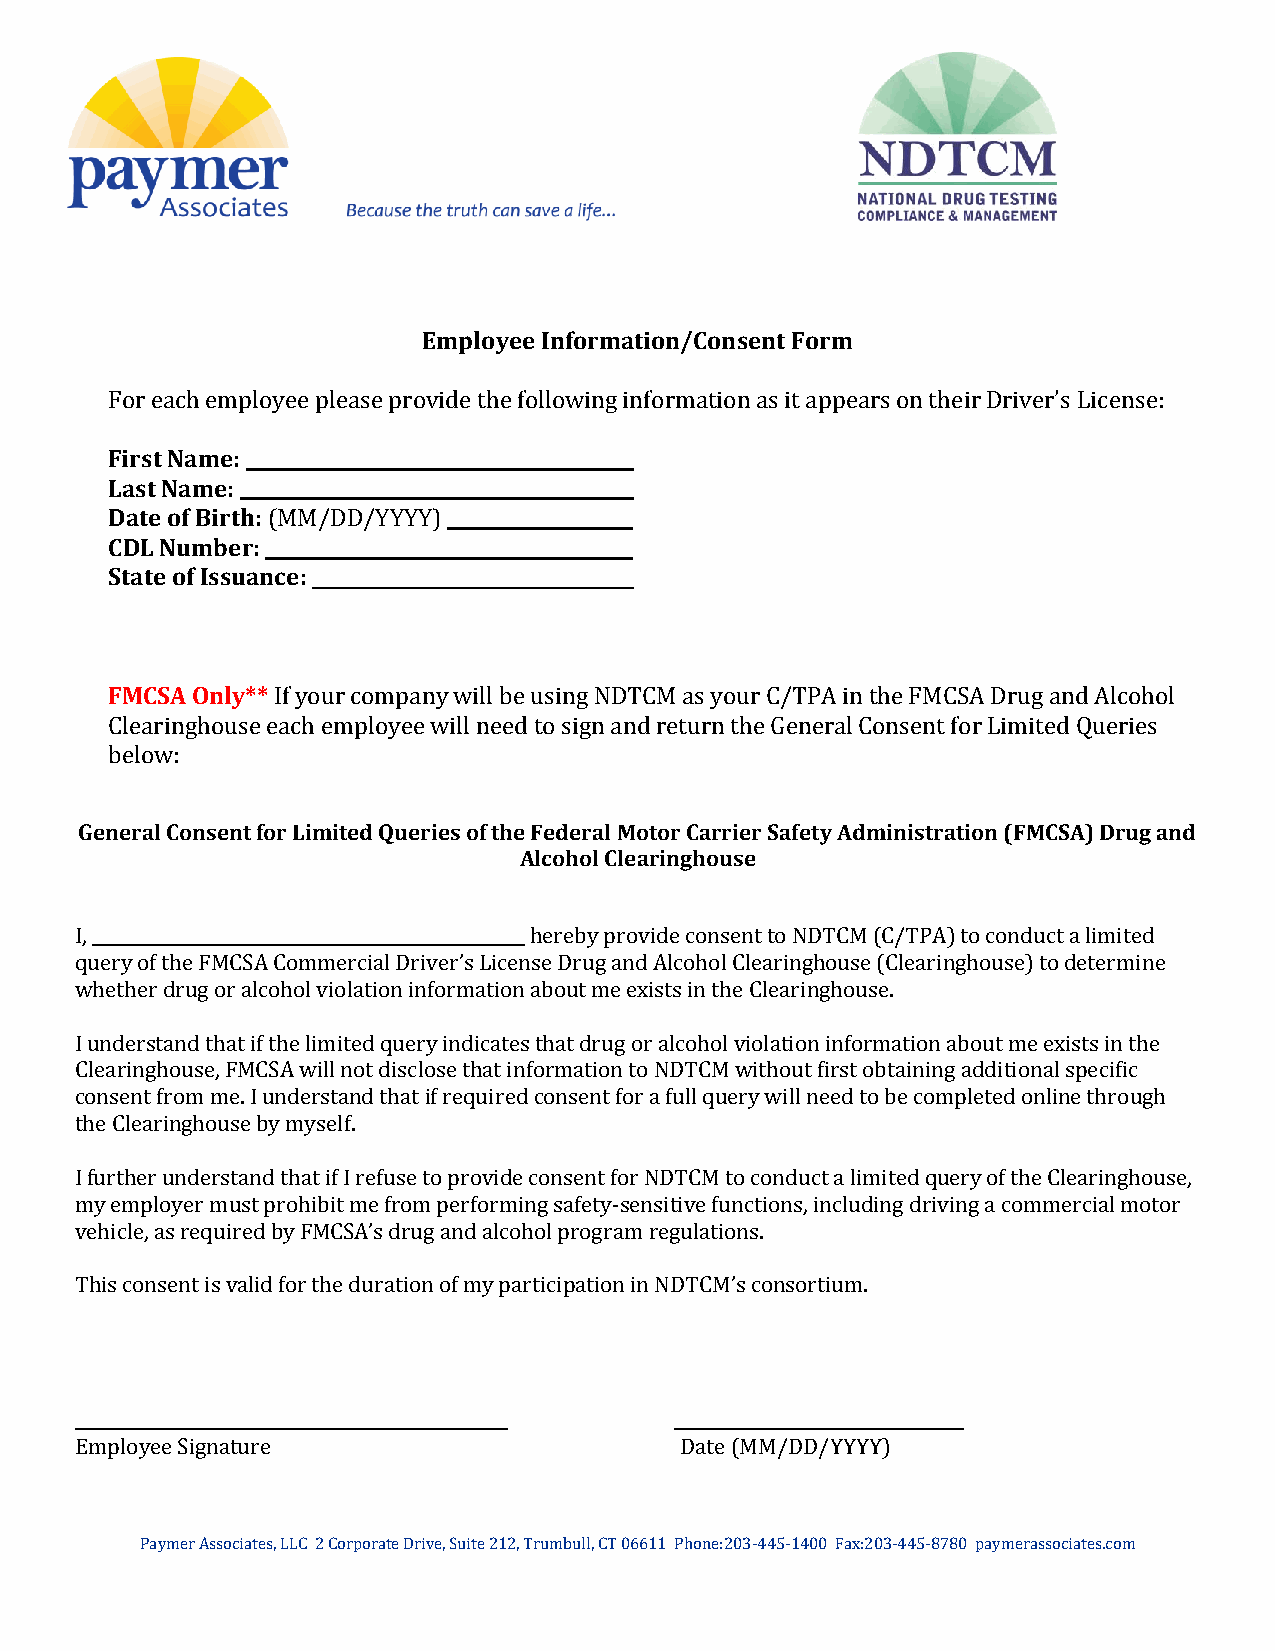
Employee Information/Consent Form
 For each employee please provide the following information as it appears on their Driver’s License:
 First Name:
 Last Name:
 Date of Birth: (MM/DD/YYYY)
 CDL Number:
 State of Issuance:
 FMCSA Only** If your company will be using NDTCM as your C/TPA in the FMCSA Drug and Alcohol
 Clearinghouse each employee will need to sign and return the General Consent for Limited Queries
 below:
 General Consent for Limited Queries of the Federal Motor Carrier Safety Administration (FMCSA) Drug and
 Alcohol Clearinghouse
 I,                            hereby provide consent to NDTCM (C/TPA) to conduct a limited
 query of the FMCSA Commercial Driver’s License Drug and Alcohol Clearinghouse (Clearinghouse) to determine
 whether drug or alcohol violation information about me exists in the Clearinghouse.
 I understand that if the limited query indicates that drug or alcohol violation information about me exists in the
 Clearinghouse, FMCSA will not disclose that information to NDTCM without first obtaining additional specific
 consent from me. I understand that if required consent for a full query will need to be completed online through
 the Clearinghouse by myself.
 I further understand that if I refuse to provide consent for NDTCM to conduct a limited query of the Clearinghouse,
 my employer must prohibit me from performing safety-sensitive functions, including driving a commercial motor
 vehicle, as required by FMCSA’s drug and alcohol program regulations.
 This consent is valid for the duration of my participation in NDTCM’s consortium.
 ___________________________________________________ __________________________________
 Employee Signature                      Date (MM/DD/YYYY)
 Paymer Associates, LLC 2 Corporate Drive, Suite 212, Trumbull, CT 06611 Phone:203-445-1400 Fax:203-445-8780 paymerassociates.com